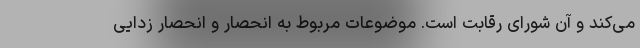
می‌کند و آن شورای رقابت است. موضوعات مربوط به انحصار و انحصار زدایی